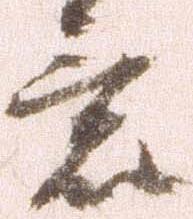
意